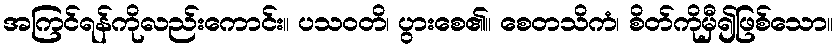
အကြင်ရန်ကိုလည်းကောင်း။ ပသဝတိ၊ ပွားစေ၏။ စေတသိကံ၊ စိတ်ကိုမှီ၍ဖြစ်သော။